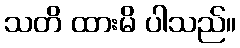
သတိ ထားမိ ပါသည်။